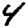
Digit: 4